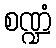
စဏ္ဍံ